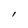
Character: l